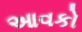
આવકો